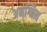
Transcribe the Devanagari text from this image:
अनग्नित्व